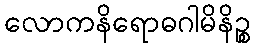
လောကနိရောဓဂါမိနိဉ္စ